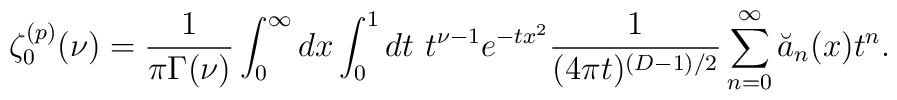
\zeta^{(p)}_0(\nu)={1 \over \pi \Gamma(\nu)}\int_0^\infty dx \int_0^1 dt ~t^{\nu-1}e^{-tx^2}{1 \over (4\pi t)^{(D-1)/2}}\sum_{n=0}^\infty \breve{a}_n(x)t^n.